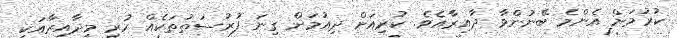
ކުރުމަށް އެންމެ ބޭނުންވާ ދާއިރާއެވެ. ކުރިއަށް ދިއުމަށް ގިނަ ފުރުސަތުތަކެއް ހުރި މިދާއިރާއަކީ